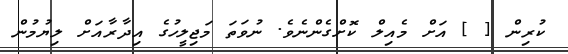
ކުރިން [ ] އަށް މެއިލް ކޮށްގެންނެވެ. ނުވަތަ މަޖިލީހުގެ އިދާރާއަށް ލިޔުމުން